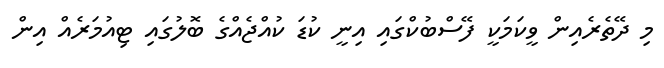
މި ދޭތެރެއިން ވީކަމަކީ ފޭސްބުކްގައި އިނީ ކުޑަ ކުއްޖެއްގެ ބޮލުގައި ޓިއުމަރެއް އިން